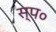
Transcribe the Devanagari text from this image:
स्प०